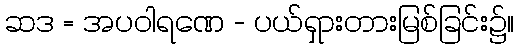
ဆဒ = အပဝါရဏေ - ပယ်ရှားတားမြစ်ခြင်း၌။